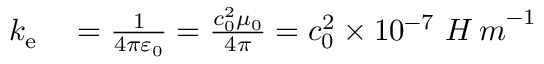
\begin{array} { r l } { k _ { \mathrm { e } } } & { { } = { \frac { 1 } { 4 \pi \varepsilon _ { 0 } } } = { \frac { c _ { 0 } ^ { 2 } \mu _ { 0 } } { 4 \pi } } = c _ { 0 } ^ { 2 } \times 1 0 ^ { - 7 } \ { H \, m } ^ { - 1 } } \end{array}